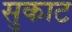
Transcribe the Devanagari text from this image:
सुकाट